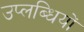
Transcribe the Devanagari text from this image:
उप्लब्धियों